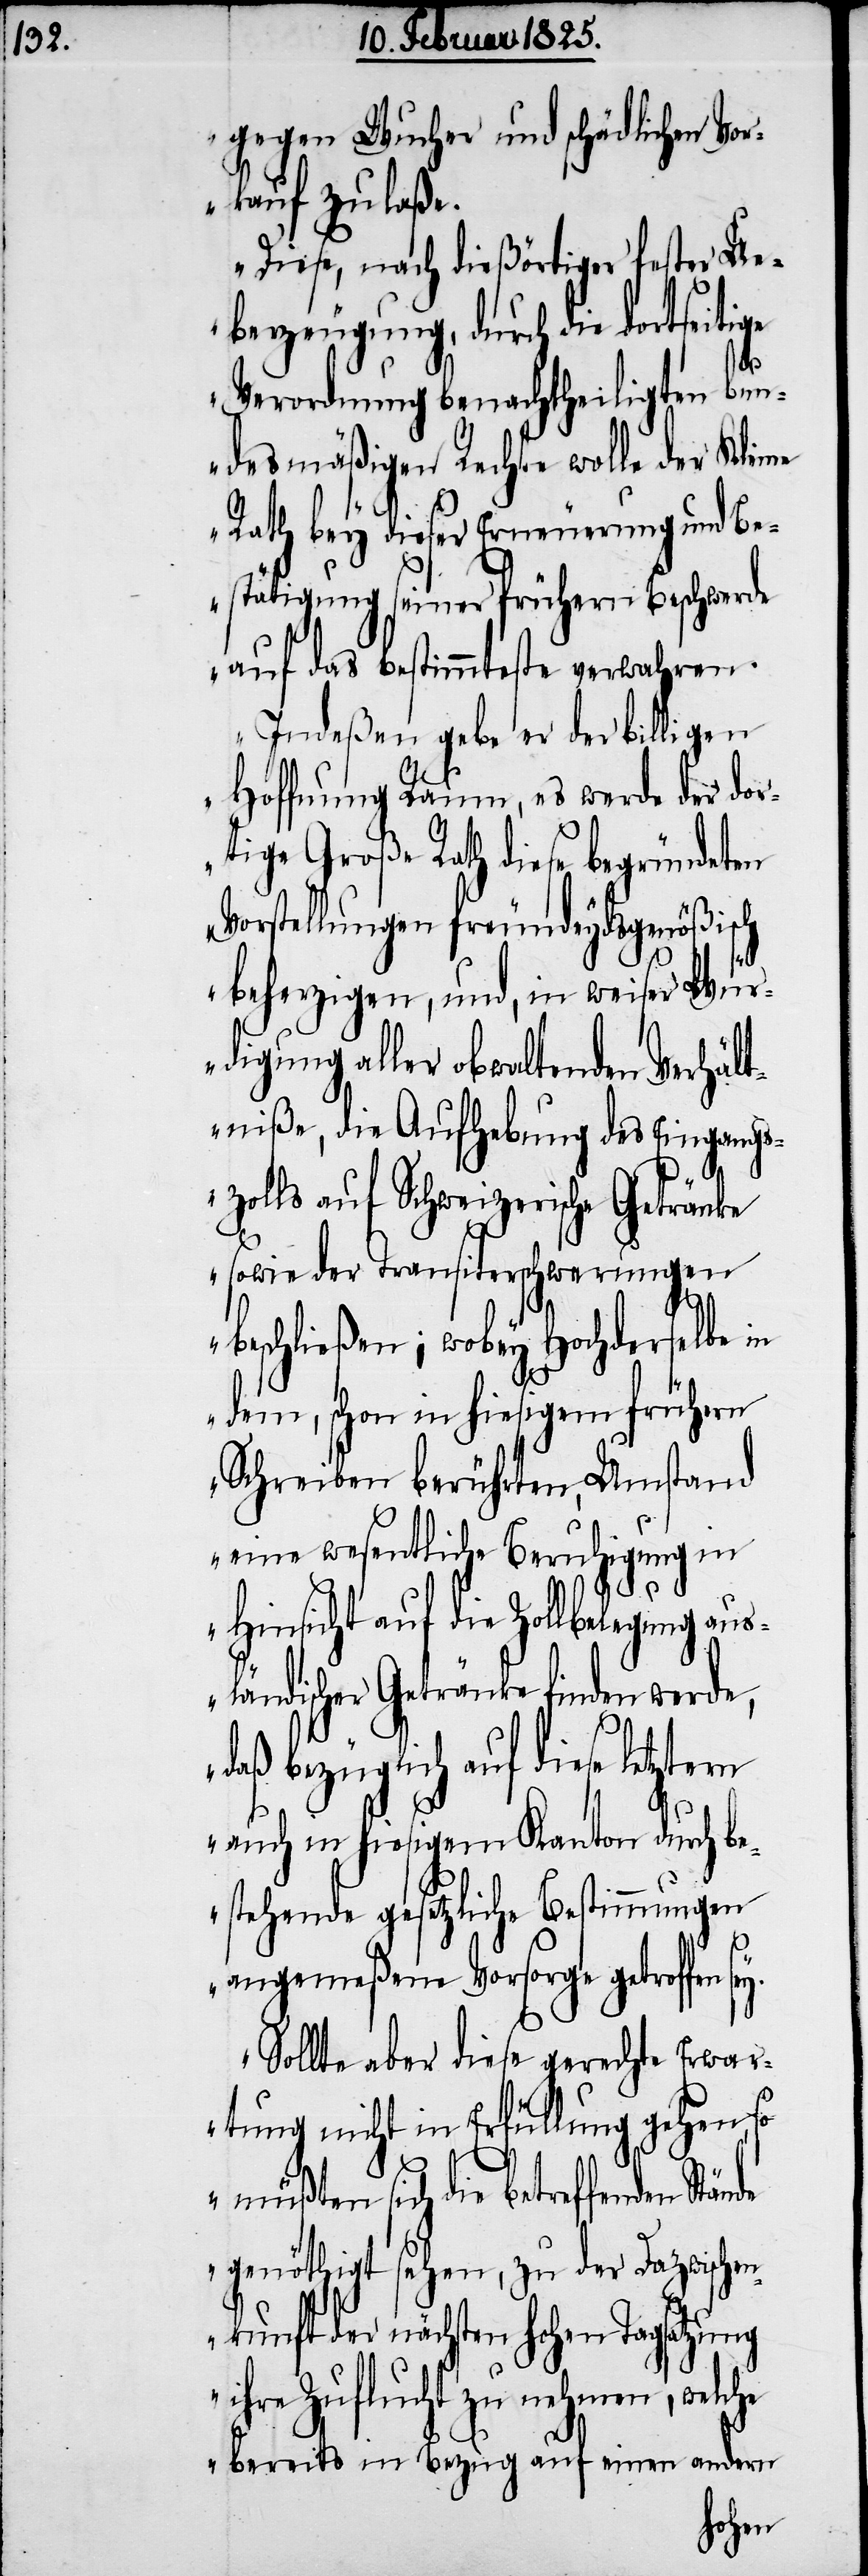
gegen Wucher und schädlicher Vo¬
rkauf zulaße.
Diese, nach dießörtiger fester Ue¬
berzeugung, durch die dortseiti¬
rn
Verordnung benachtheiligten bun¬
desmäßigen Rechte wolle der Klei¬
Rath bey dieser Erneuerung und Be¬
stätigung seiner frühern Beschwerde
auf das bestimmteste verwahren.
Indeßen gebe er der billigen
Hoffnung Raum, es werde der dor¬
tige Große Rath diese begründeten
Vorstellungen freundeydsgenößisch
beherzigen, und, in weiser Wür¬
digung aller obwaltenden Verhäl¬
tniße, die Aufhebung des Eingang¬
szolls auf Schweizerische Getränke
sowie der Transiterschwerungen
beschließen; wobey Hochderselbe in
dem, schon in hiesigem frühern
Schreiben berührten, Umstand
eine wesentliche Beruhigung in
Hinsicht auf die Zollbelegung aus¬
ländischer Getränke finden werde,
bezüglich auf diese letzte¬
auch in hiesigem Kanton durch be¬
stehende gesetzliche Bestimmungen
angemeßene Vorsorge getroffen
Sollte aber diese gerechte Erwar¬
tung nicht in Erfüllung gehen, so
müßten sich die betreffenden
genöthigt sehen, zu der Dazwischen¬
kunft der nächsten hohen Tagsatzung
ihre Zuflucht zu nehmen, welc¬
he bereits in Bezug auf einen andern